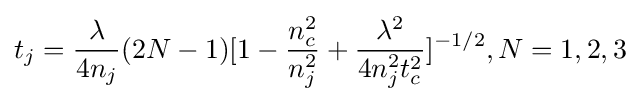
t_{j}={\lambda  \over 4n_{j}}(2N-1)[1-{n_{c}^{2} \over n_{j}^{2}}+{\lambda ^{2} \over 4n_{j}^{2}t_{c}^{2}}]^{-1/2},N=1,2,3